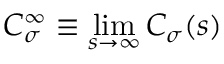
C _ { \sigma } ^ { \infty } \equiv \operatorname* { l i m } _ { s \to \infty } C _ { \sigma } ( s )